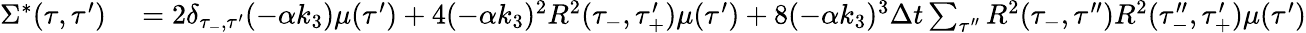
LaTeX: \begin{array}{rl}{{}\Sigma^{*}(\tau,\tau^{\prime})}&{{}=2\delta_{\tau_{-},\tau^{\prime}}(-\alpha k_{3})\mu(\tau^{\prime})+4(-\alpha k_{3})^{2}R^{2}(\tau_{-},\tau_{+}^{\prime})\mu(\tau^{\prime})+8(-\alpha k_{3})^{3}\Delta t\sum_{\tau^{\prime\prime}}R^{2}(\tau_{-},\tau^{\prime\prime})R^{2}(\tau_{-}^{\prime\prime},\tau_{+}^{\prime})\mu(\tau^{\prime})}\end{array}